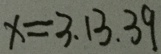
x = 3 . 1 3 . 3 9